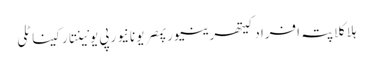
ہلاکلاپتہ افرادکیتھرینیورپمصریونانیورپی یونینتارکیناٹلی